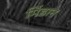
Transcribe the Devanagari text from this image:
मिंडान